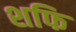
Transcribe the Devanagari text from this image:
शफि